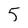
Character: 5